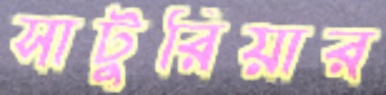
সাটুরিয়ার